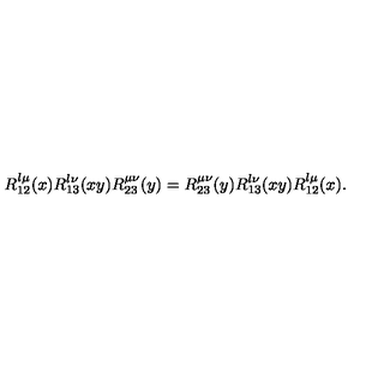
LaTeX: R _ { 1 2 } ^ { \l \mu } ( x ) R _ { 1 3 } ^ { \l \nu } ( x y ) R _ { 2 3 } ^ { \mu \nu } ( y ) = R _ { 2 3 } ^ { \mu \nu } ( y ) R _ { 1 3 } ^ { \l \nu } ( x y ) R _ { 1 2 } ^ { \l \mu } ( x ) .